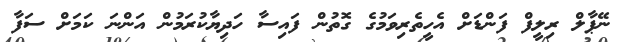
ނޭޕާލް ރިލީފް ފަންޑަށް އެހީތެރިވަމުގެ ގޮތުން ފައިސާ ހަދިޔާކުރަމުން އަންނަ ކަމަށް ސަފާ